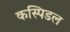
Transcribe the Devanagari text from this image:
कस्पिडल